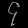
Digit: ၄